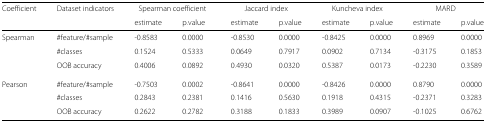
| Coefficient | Dataset indicators | <COLSPAN=2> Spearman coefficient | <COLSPAN=2> Jaccard index | <COLSPAN=2> Kuncheva index | <COLSPAN=2> MARD |
 |  |  | estimate | p.value | estimate | p.value | estimate | p.value | estimate | p.value |
 | --- | --- | --- | --- | --- | --- | --- | --- | --- | --- |
 | Spearman | #feature/#sample | -0.8583 | 0.0000 | -0.8530 | 0.0000 | -0.8425 | 0.0000 | 0.8969 | 0.0000 |
 |  | #classes | 0.1524 | 0.5333 | 0.0649 | 0.7917 | 0.0902 | 0.7134 | -0.3175 | 0.1853 |
 |  | OOB accuracy | 0.4006 | 0.0892 | 0.4930 | 0.0320 | 0.5387 | 0.0173 | -0.2230 | 0.3589 |
 | Pearson | #feature/#sample | -0.7503 | 0.0002 | -0.8641 | 0.0000 | -0.8426 | 0.0000 | 0.8790 | 0.0000 |
 |  | #classes | 0.2843 | 0.2381 | 0.1416 | 0.5630 | 0.1918 | 0.4315 | -0.2371 | 0.3283 |
 |  | OOB accuracy | 0.2622 | 0.2782 | 0.3188 | 0.1833 | 0.3989 | 0.0907 | -0.1025 | 0.6762 |